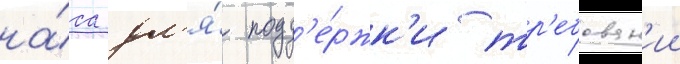
на́са дл'я́ подд'е́ржк'и тр'ебован'ии